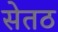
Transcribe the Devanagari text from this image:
सेतठ